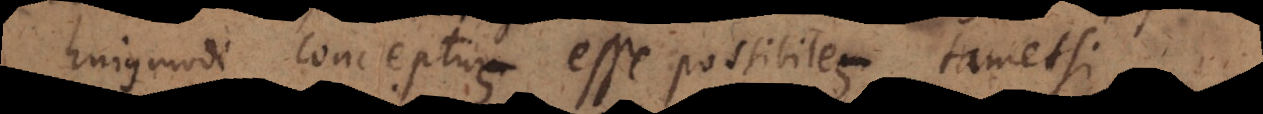
hujusmodi conceptus esse possibiles, tametsi